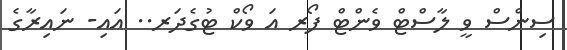
ސިންސް ވީ ލާސްޓް ވެންޓް ފޯރ އަ ވޯކް ޓުގެދަރ.. އައި- ނައިރާގެ